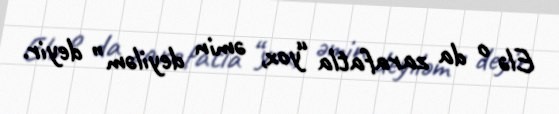
Elə o da zarafatla “yox, əmin deyiləm” deyir.